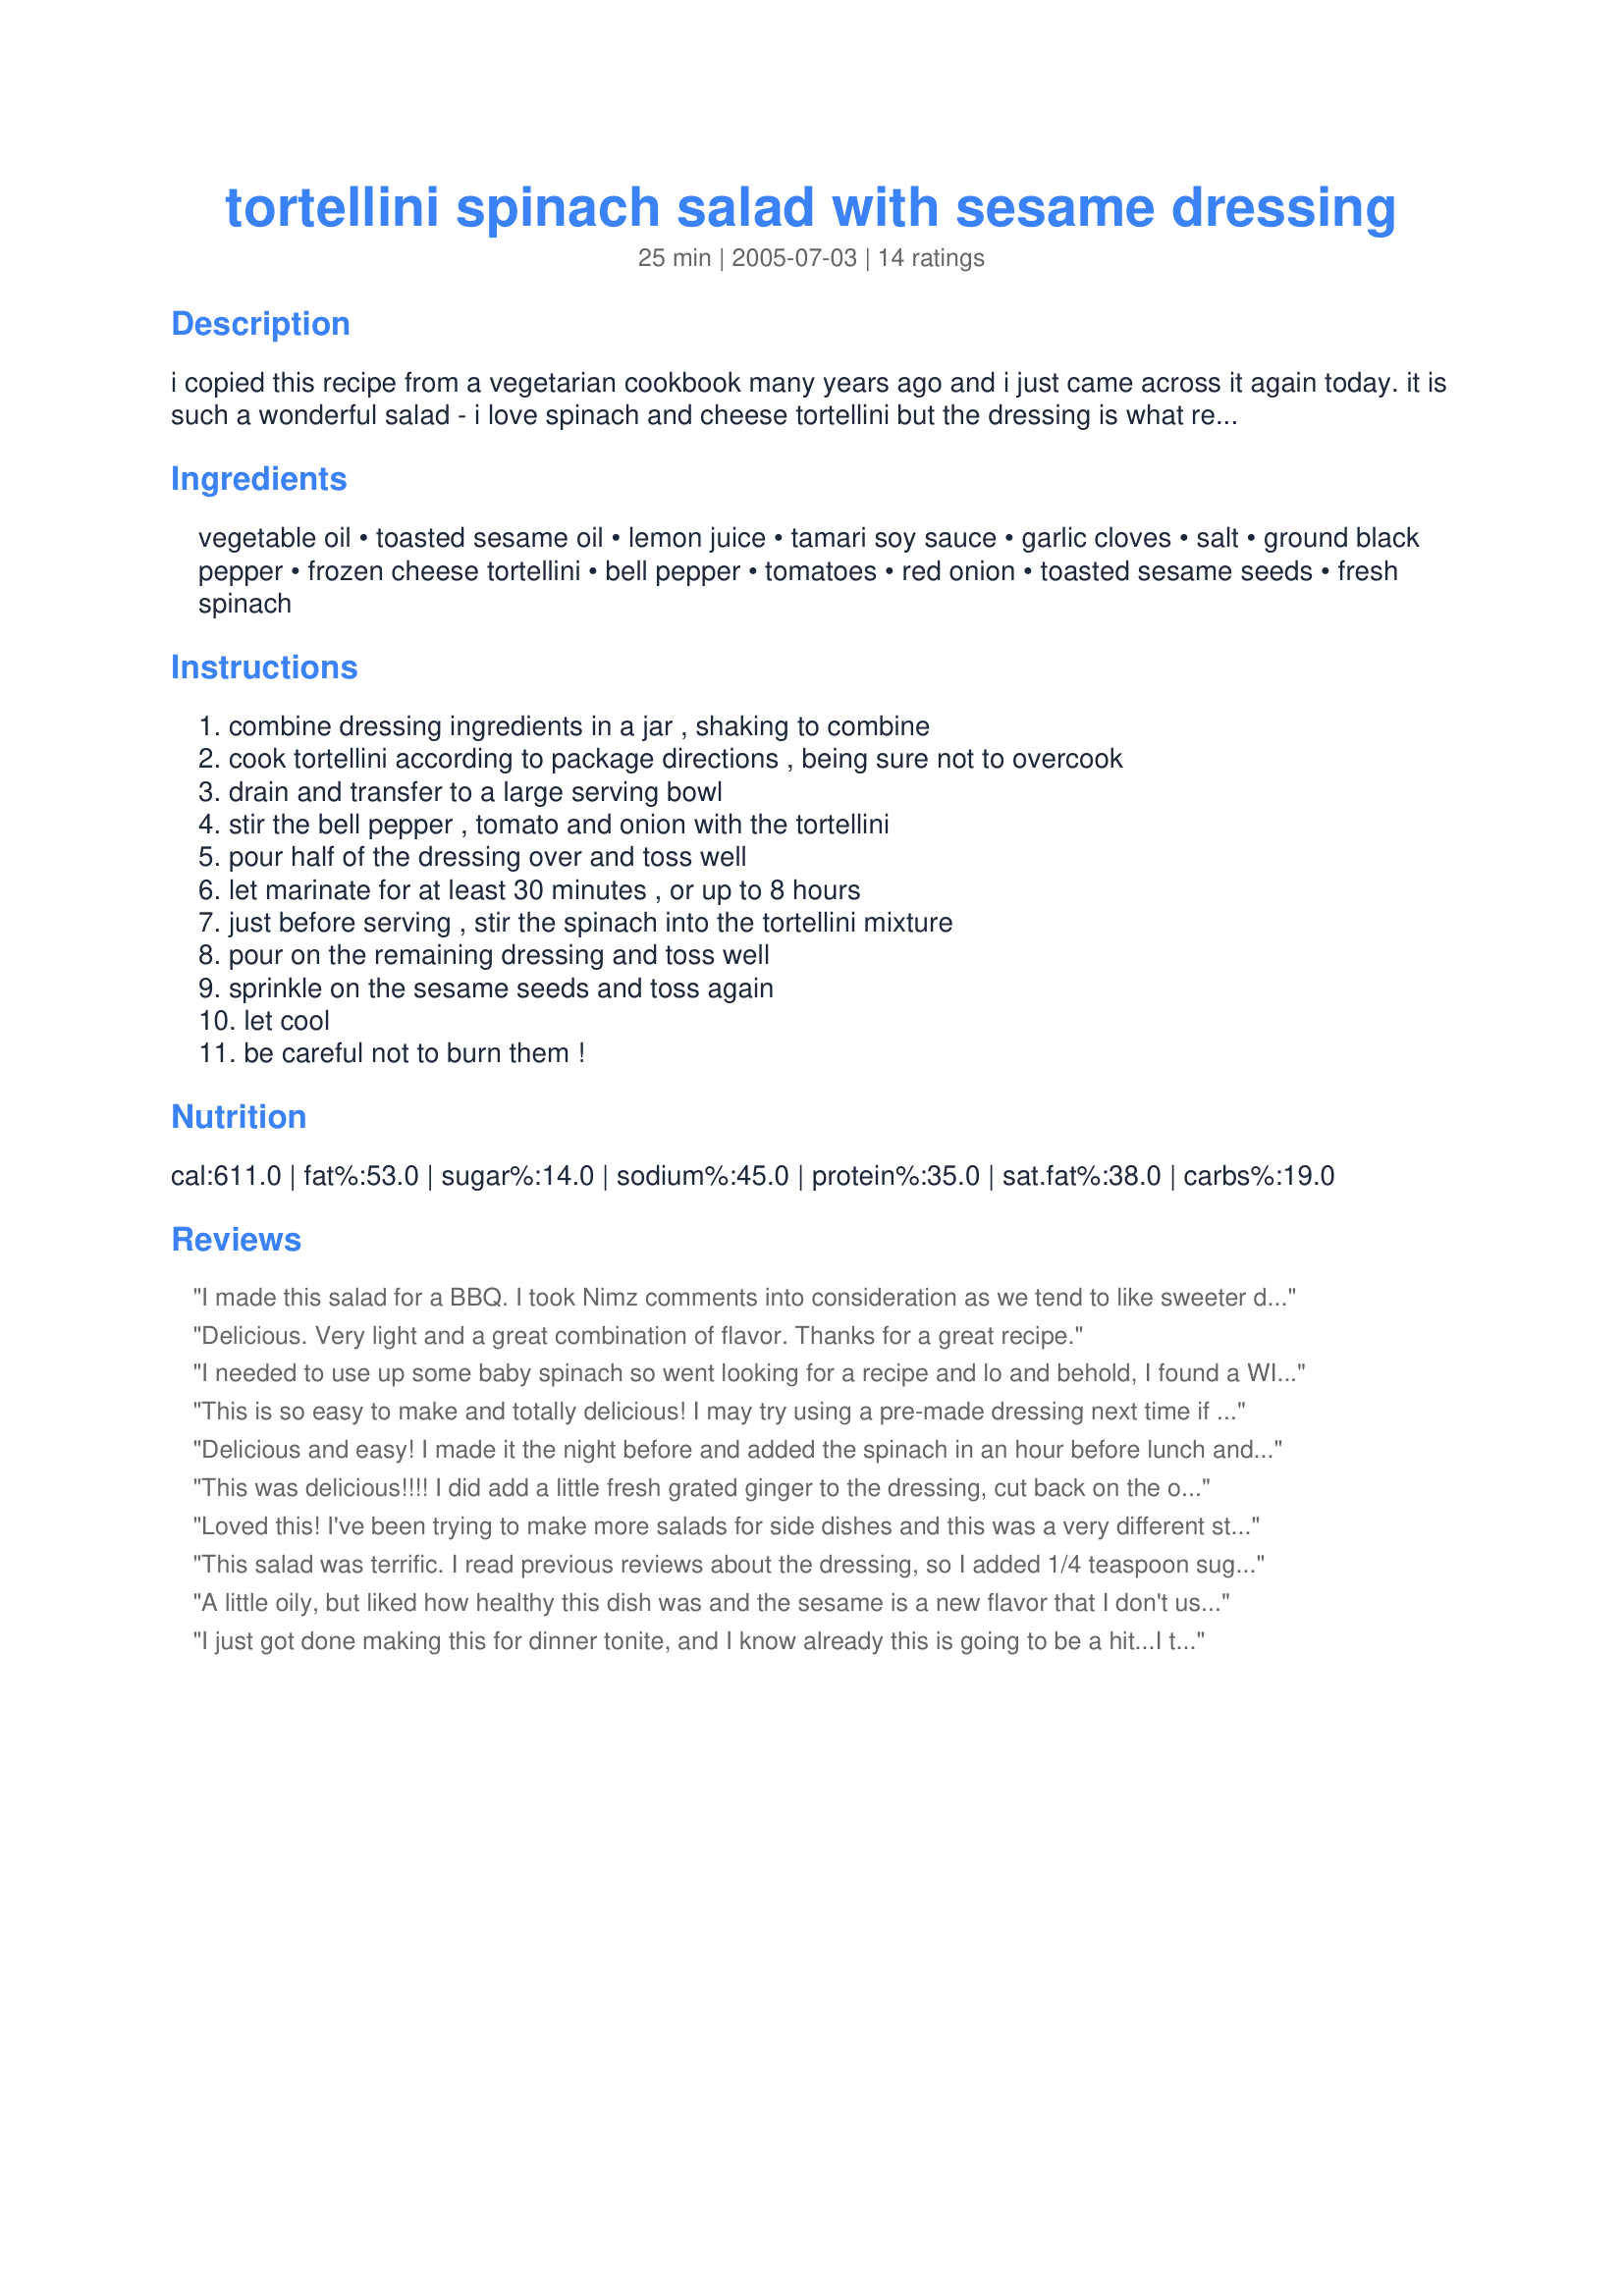
tortellini spinach salad with sesame dressing
Preparation time: 25 minutes

i copied this recipe from a vegetarian cookbook many years ago and i just came across it again today. it is such a wonderful salad - i love spinach and cheese tortellini but the dressing is what really makes it stand out.

Ingredients:
vegetable oil, toasted sesame oil, lemon juice, tamari soy sauce, garlic cloves, salt, ground black pepper, frozen cheese tortellini, bell pepper, tomatoes, red onion, toasted sesame seeds, fresh spinach

Steps:
combine dressing ingredients in a jar , shaking to combine, cook tortellini according to package directions , being sure not to overcook, drain and transfer to a large serving bowl, stir the bell pepper , tomato and onion with the tortellini, pour half of the dressing over and toss well, let marinate for at least 30 minutes , or up to 8 hours, just before serving , stir the spinach into the tortellini mixture, pour on the remaining dressing and toss well, sprinkle on the sesame seeds and toss again, let cool, be careful not to burn them !

Reviews:
I made this salad for a BBQ. I took Nimz comments into consideration as we tend to like sweeter dressings and I added 2 packets of Splenda to the dressing. I used regular soy sauce because that is all I had and I skipped the onions. This salad is SOOOO good! I was going to cut it in half since we were having it as a side salad and there were only 4 of us, but Dana Rae's comments said it was good the next day, so we shall see when I have some for lunch today. This is a perfect dish to take to a BBQ or potluck because it is delicious and make a beautiful presentation. PS: It WAS really good leftover too!
Delicious. Very light and a great combination of flavor. Thanks for a great recipe.
I needed to use up some baby spinach so went looking for a recipe and lo and behold, I found a WINNER! This was so good and made alot -- we ate it for lunch for 2 days. I added 2 tsp sugar per other reviewer's suggestions and I only had a regular onion, but it still worked. Thanks for the recipe that I'll be making again.
This is so easy to make and totally delicious! I may try using a pre-made dressing next time if I need to save a few minutes. (Don't get me wrong though, the dressing IS delicious and is worth taking the time to make). We ate this at room temp the first night, but the next day it was still amazing even chilled! This is a great summer time recipe that works well as a light meal or a tasty side dish. Thanks!
Delicious and easy! I made it the night before and added the spinach in an hour before lunch and it turned out wonderful! I've made it twice already! I do cut the oil down a little, per other reviews, but other than that I make it as written. A real summer go-to. Thanks!
This was delicious!!!! I did add a little fresh grated ginger to the dressing, cut back on the oil (which didn't hurt this at all) and added about 1 tsp. of brown sugar. Also I tossed in some shrimp which I had marinated in some of the dressing (I cut the recipe in half but left the full amount of the dressing). DH and I gobbled this down and wished I had made more. Thank you for posting and this is going into my Favorites of 2012. Made for National Tomato Month Forum -- Diabeties.
Loved this! I've been trying to make more salads for side dishes and this was a very different style of salad for us. I found the dressing to be a bit oily, but still tasty. Next time for ease I may use a bottled sesame dressing. We warmed the tortellini and vegetable mixture before mixing it with the spinach, it was very good that way.
This is a keeper!
This salad was terrific. I read previous reviews about the dressing, so I added 1/4 teaspoon sugar after a taste. I used a 9-oz package of fresh cheese tortellini, which I felt was plenty (and because there are no one-pound packages, so I opted to go for less than more). I also used grape tomatoes for more flavor as it is off-season for tomatoes. To top it off, I shredded a bit of parmesean cheese. Delish.
A little oily, but liked how healthy this dish was and the sesame is a new flavor that I don't usually cook with. My BF really enjoyed it and he never likes anything healthy so that makes it a winner for me! I also used green peppers because that is what I had on hand and it tasted just fine, probably just didn't give it the additional color.
I just got done making this for dinner tonite, and I know already this is going to be a hit...I too added a couple tsp of splenda to the dressing, and I used a jar of roasted red peppers instead of the fresh as that is what I had...I will be making this for my annual sunday winter dinners I serve family and friends as I know this will be a hit...thanks
This was an excellent combination for us. I love the tortellini addition. It's very colorful and presents well. I might try another dressing that has a little sweeter flavor the next time I make this and see how that taste. Thanks for sharing.
Served this as a part of a three salad summer dinner and it was a hit. Very light tasting and the red pepper and bright green spinach made it beautiful on the buffet table. Thank you.
I am rating the dressing for this spinach salad. This is great. I did add some black sesame seeds but the dressing is out of this world.
We LOVED this meal! The salad has a wonderful Asian flair, and it served the 2 of us for 3 meals! (I just add enough of the pasta mixture to the right amount of spinach each time.)<br/>In the dressing, I cut back the oil to 1/4 cup and increased the soy sauce (I couldn't find tamari) by 1 Tbsp. I thought these changes made the perfect flavor.<br/>I've never used sesame oil before, and none of the bottles at the store specified 'toasted'; it is wonderfully fragrant however, and really makes this dish!
